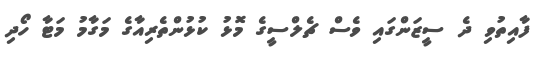
ފާއިތުވި ދެ ސީޒަންގައި ވެސް ޗެލްސީގެ މޮޅު ކުޅުންތެރިއާގެ މަގާމު މަޓާ ހޯދި